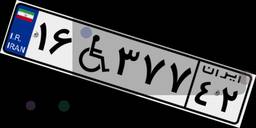
۱۶W۳۷۷۴۲